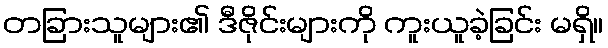
တခြားသူများ၏ ဒီဇိုင်းများကို ကူးယူခဲ့ခြင်း မရှိ။